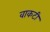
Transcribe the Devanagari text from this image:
वाकटी